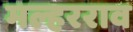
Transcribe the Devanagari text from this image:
मल्हरराव